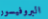
البروفيسور